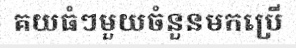
គយធំៗមួយចំនួនមកប្រើ